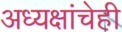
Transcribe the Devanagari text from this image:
अध्यक्षांचेही